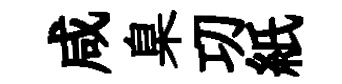
咸臬㓛紙